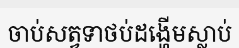
ចាប់សត្វទាថប់ដង្ហើមស្លាប់